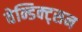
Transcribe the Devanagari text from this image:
वेन्डिक्ट्सन